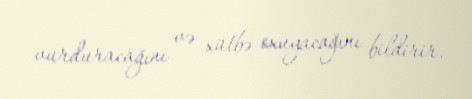
vurduracağını və xütbə oxuyacağını bildirir.